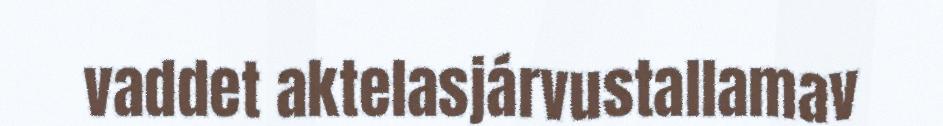
vaddet aktelasjárvustallamav